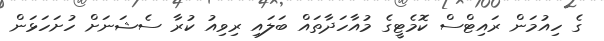
ގެ ހިއުމަން ރައިޓްސް ކޮމެޓީގެ މުއާހަދާތައް ބަލައި ރިވިއު ކުރާ ސެޝަނަށް ހުށަހަޅަން